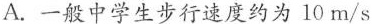
A.一般中学生步行速度约为10m/s